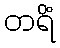
တရိံ